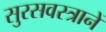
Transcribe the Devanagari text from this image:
सुरसवस्त्रानें